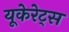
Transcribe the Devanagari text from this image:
यूकेरेट्स